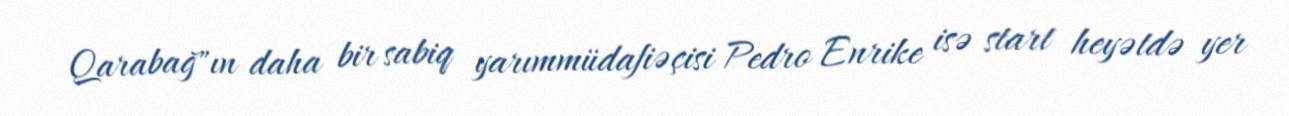
Qarabağ"ın daha bir sabiq yarımmüdafiəçisi Pedro Enrike isə start heyətdə yer